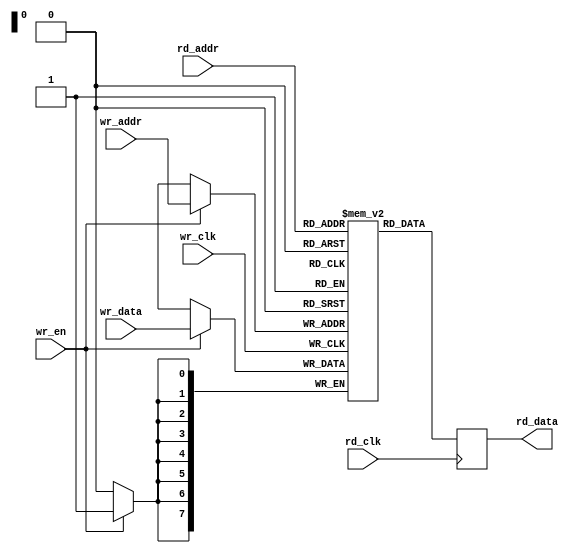
// `default_nettype none

module dpram #(parameter ADDR_WIDTH = 8, DATA_WIDTH = 8) (
    input  wire                  wr_clk,
    input  wire [ADDR_WIDTH-1:0] wr_addr,
    input  wire                  wr_en,
    input  wire [DATA_WIDTH-1:0] wr_data,

    input  wire                  rd_clk,
    input  wire [ADDR_WIDTH-1:0] rd_addr,
    output reg  [DATA_WIDTH-1:0] rd_data);

    reg [DATA_WIDTH-1:0] mem [(1<<ADDR_WIDTH)-1:0] /* synthesis syn_ramstyle = "no_rw_check" */;

    always @(posedge wr_clk) if (wr_en) mem[wr_addr] <= wr_data;
    always @(posedge rd_clk) rd_data <= mem[rd_addr];

`ifdef __ICARUS__
    initial begin: INIT
        integer i;
        for (i=0; i<(1<<ADDR_WIDTH); i=i+1) begin
            mem[i] = 0;
        end
    end
`endif


endmodule